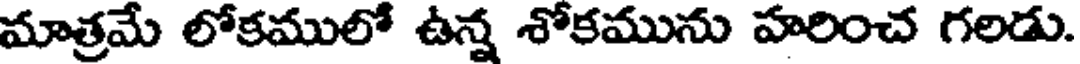
మాత్రమే లోకములో ఉన్న శోకమును హరించ గలడు.